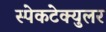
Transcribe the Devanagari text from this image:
स्पेकटेक्युलर